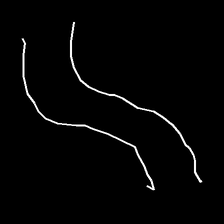
Glyph: float